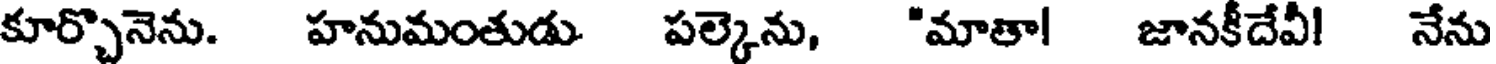
కూర్చొనెను. హనుమంతుడు. పల్కెను, "మాతా! జానకీదేవీ! నేను